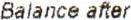
BALANCE AFTER